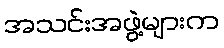
အသင်းအဖွဲ့များက